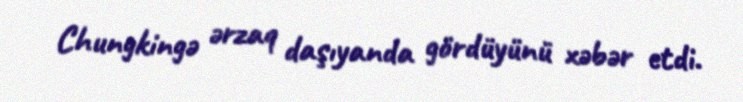
Chungkingə ərzaq daşıyanda gördüyünü xəbər etdi.